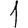
Digit: 1